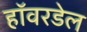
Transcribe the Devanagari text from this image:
हॉवरडेल